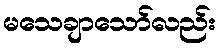
မသေချာသော်လည်း